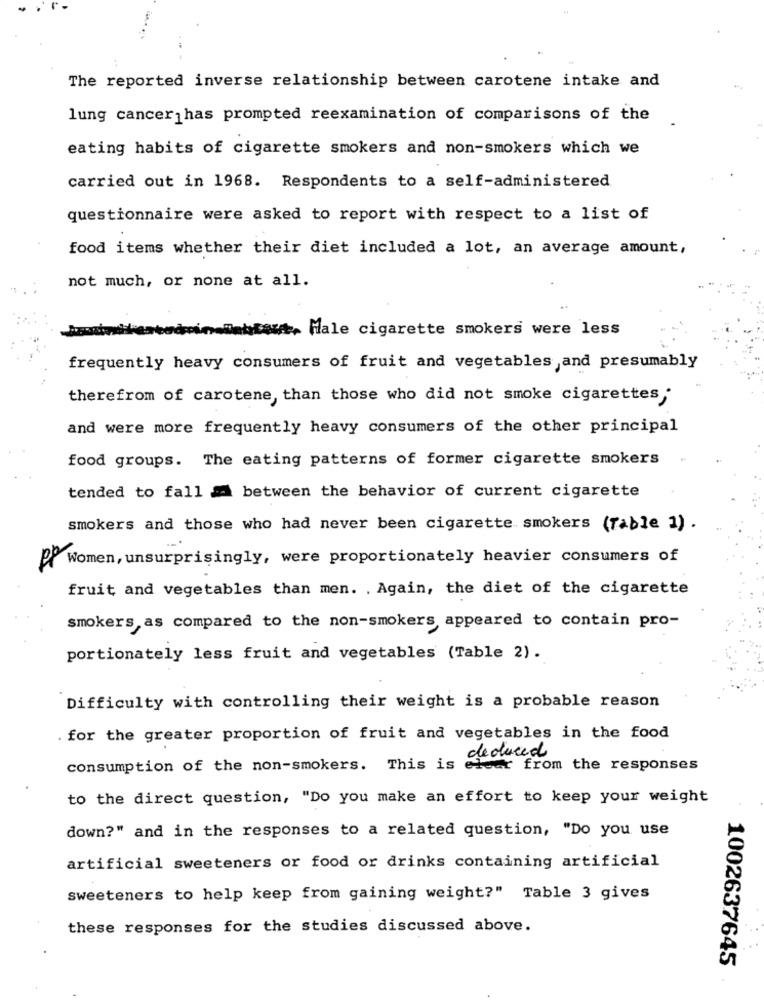
The reported inverse relationship between carotene intake and
lung cancer has prompted reexamination of comparisons of the
eating habits of cigarette smokers and non-smokers which we
carried out in 1968. Respondents to a self-administered
questionnaire were asked to report with respect to a list of
food items whether their diet included a lot, an average amount,
not much, or none at all.
inWakbit, Male cigarette smokers were less
frequently heavy consumers of fruit and vegetables ,and presumably
therefrom of carotene, than those who did not smoke cigarettes
and were more frequently heavy consumers of the other principal
food groups. The eating patterns of former cigarette smokers
tended to fall _ between the behavior of current cigarette
smokers and those who had never been cigarette smokers (Table 1) .
Pf Women, unsurprisingly, were proportionately heavier consumers of
fruit and vegetables than men. . Again, the diet of the cigarette
smokers as compared to the non-smokers appeared to contain pro-
portionately less fruit and vegetables (Table 2).
Difficulty with controlling their weight is a probable reason
. for the greater proportion of fruit and vegetables in the food
deduced
consumption of the non-smokers. This is elcar from the responses
to the direct question, "Do you make an effort to keep your weight
down?" and in the responses to a related question, "Do you use
artificial sweeteners or food or drinks containing artificial
sweeteners to help keep from gaining weight?" Table 3 gives
these responses for the studies discussed above.
1002637645